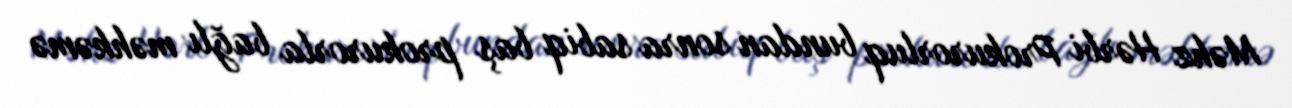
Məhz Hərbi Prokurorluq bundan sonra sabiq baş prokurorla bağlı məhkəmə